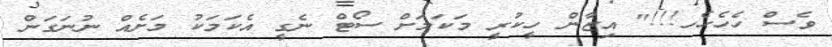
ވެސް ހެހެހެހ!!!" އިޒާން ހީކުރީ މަކަމަށް ސޯޓް ނެގީ އެކަމަކު މަށެއް ނުނަގަން